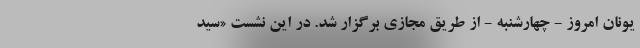
یونان امروز - چهارشنبه - از طریق مجازی برگزار شد. در این نشست «سید